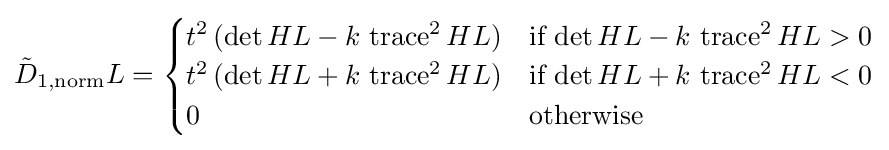
{\tilde {D}}_{1,\mathrm {norm} }L={\begin{cases}t^{2}\,(\det HL-k\,\operatorname {trace} ^{2}HL)&{\mbox{if}}\,\det HL-k\,\operatorname {trace} ^{2}HL>0\\t^{2}\,(\det HL+k\,\operatorname {trace} ^{2}HL)&{\mbox{if}}\,\det HL+k\,\operatorname {trace} ^{2}HL<0\\0&{\mbox{otherwise}}\end{cases}}